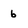
Character: 6